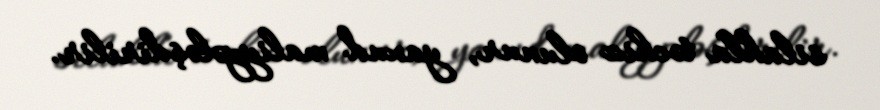
silahla təchiz olunur, yaxud maliyyələşdirilir.